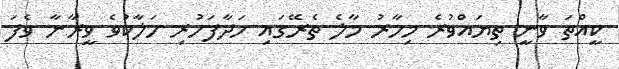
ކީއްތަ ވާނީ ތިޔައްވުރެ މިހާރު މާލެ ތެރޭގައި ހަދާފަހުރި ހަލާކުވެ ވީރާނާ ވެފަ